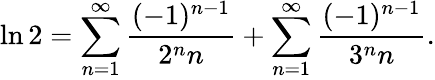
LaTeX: \ln 2=\sum_{n=1}^{\infty}{\frac{(-1)^{n-1}}{2^{n}n}}+\sum_{n=1}^{\infty}{\frac{(-1)^{n-1}}{3^{n}n}}.